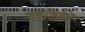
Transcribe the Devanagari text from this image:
साकाश्विलीने